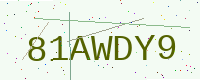
Text: 81AWDY9